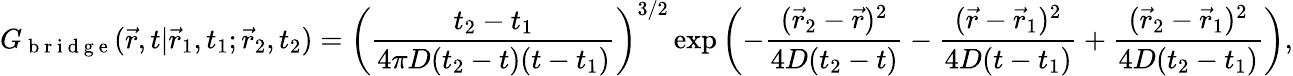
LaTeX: G_{\mathrm{~b~r~i~d~g~e~}}(\vec{r},t|\vec{r}_{1},t_{1};\vec{r}_{2},t_{2})=\left(\frac{t_{2}-t_{1}}{4\pi D(t_{2}-t)(t-t_{1})}\right)^{3/2}\exp\left(-\frac{(\vec{r}_{2}-\vec{r})^{2}}{4D(t_{2}-t)}-\frac{(\vec{r}-\vec{r}_{1})^{2}}{4D(t-t_{1})}+\frac{(\vec{r}_{2}-\vec{r}_{1})^{2}}{4D(t_{2}-t_{1})}\right),